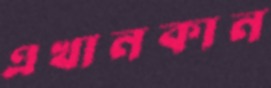
এখানকান